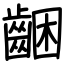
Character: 齫